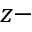
z -